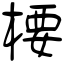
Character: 楆